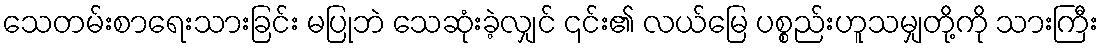
သေတမ်းစာရေးသားခြင်း မပြုဘဲ သေဆုံးခဲ့လျှင် ၎င်း၏ လယ်မြေ ပစ္စည်းဟူသမျှတို့ကို သားကြီး